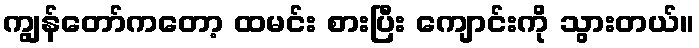
ကျွန်တော်ကတော့ ထမင်း စားပြီး ကျောင်းကို သွားတယ်။